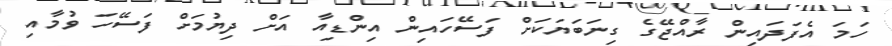
ހަމަ އެފަދައިން ރާއްޖޭގެ ގިނަބަޔަކަށް ފަސޭހައިން އިންޑިއާ އަށް ދިޔުމަށް ފަސޭހަ ވުމާއި